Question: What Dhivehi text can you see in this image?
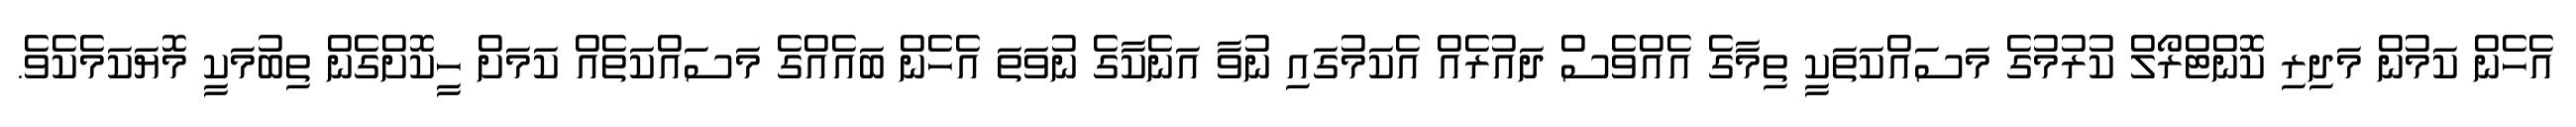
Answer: އެހެން ކަމުން މަދިރި ކޮންޓްރޯލް ކުރުމުގެ މަސައްކަތަކީ ތިމާގެ އެއްވެސް ދައުރެއް އެކަމުގައި ނުވާ އަނެކާގެ ނުވަތަ އެހެން ބައެއްގެ މަސައްކަތެއް ކަމަށް ހީކޮށްގެން ތިބުމަކީ މޮޔަކަމެކެވެ.